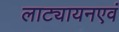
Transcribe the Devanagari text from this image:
लाट्यायनएवं